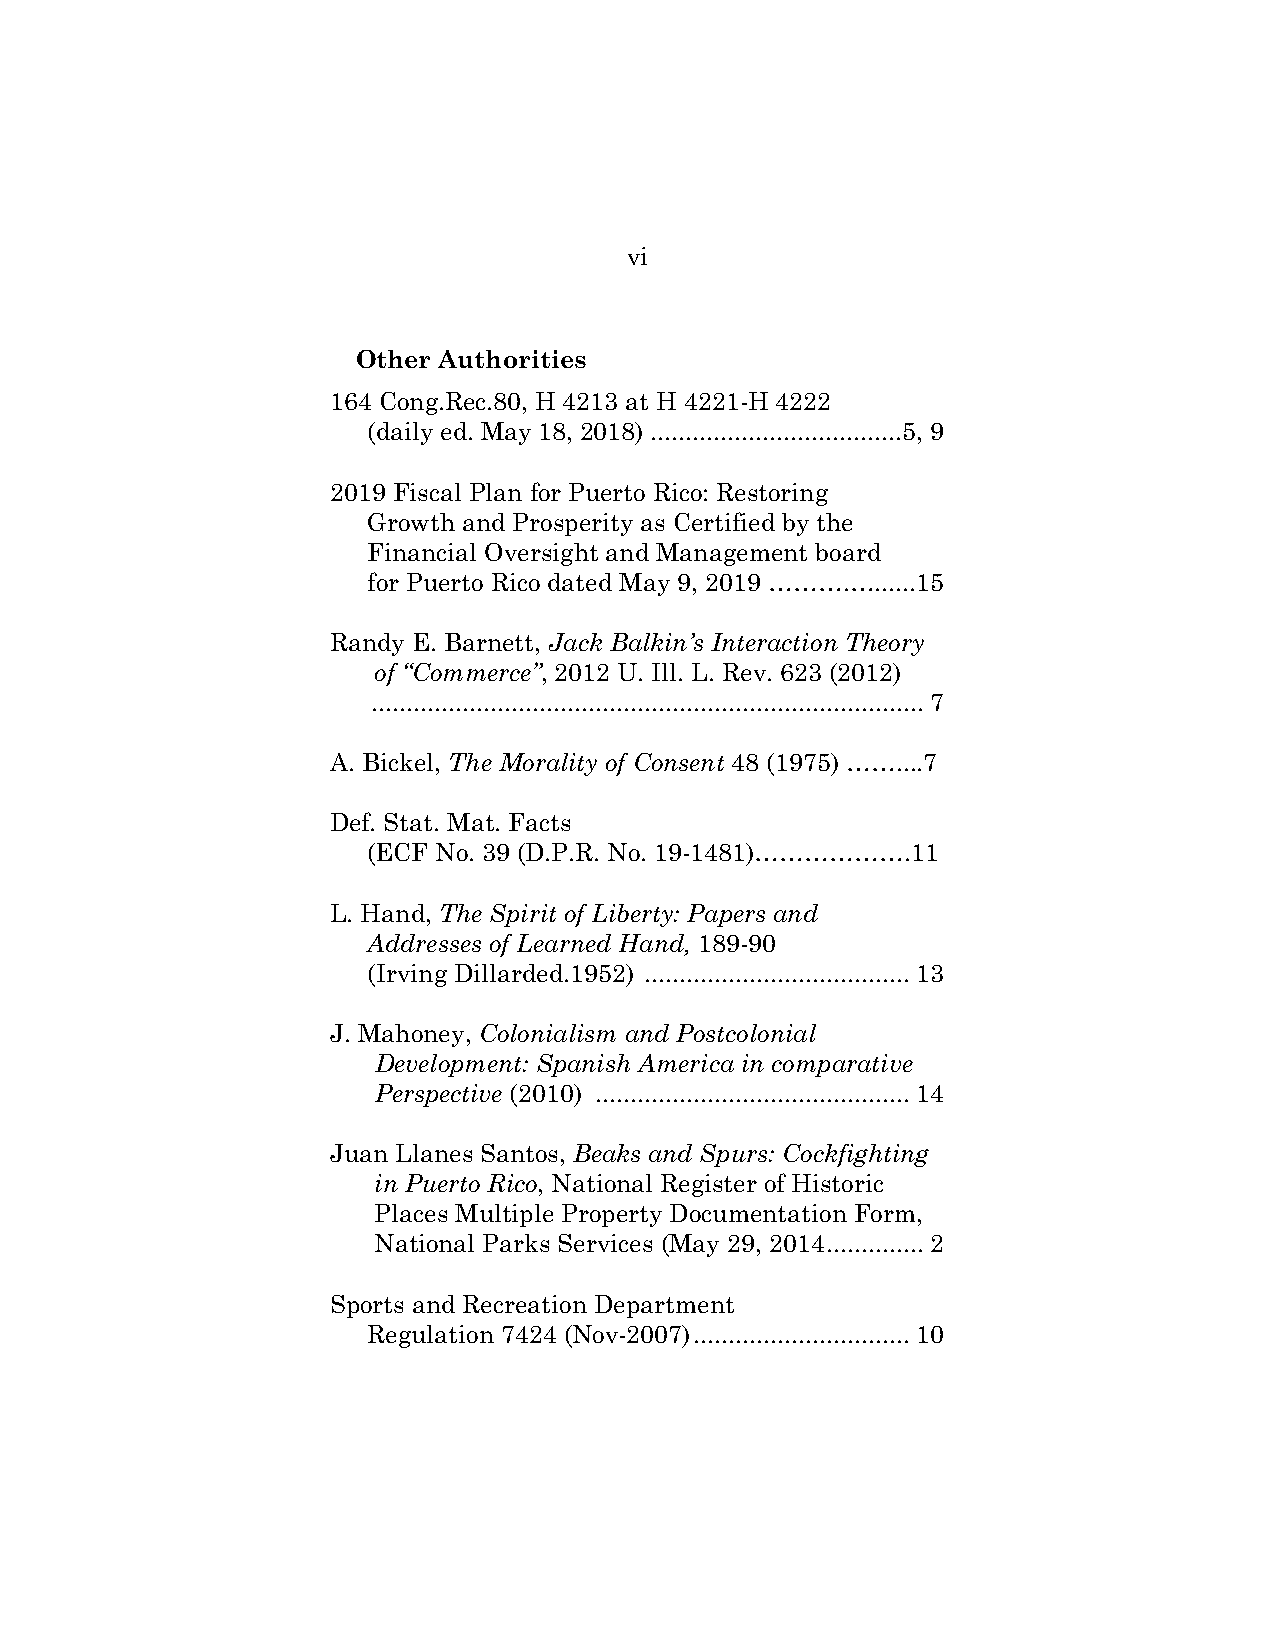
vi
 Page(s)
 Other Authorities
 164 Cong.Rec.80, H 4213 at H 4221-H 4222
 (daily ed. May 18, 2018) ....................................5, 9
 2019 Fiscal Plan for Puerto Rico: Restoring
 Growth and Prosperity as Certified by the
 Financial Oversight and Management board
 for Puerto Rico dated May 9, 2019 ……….…......15
 Randy E. Barnett, Jack Balkin’s Interaction Theory
 of “Commerce”, 2012 U. Ill. L. Rev. 623 (2012)
 ............................................................................... 7
 A. Bickel, The Morality of Consent 48 (1975) ……....7
 Def. Stat. Mat. Facts
 (ECF No. 39 (D.P.R. No. 19-1481)……………….11
 L. Hand, The Spirit of Liberty: Papers and
 Addresses of Learned Hand, 189-90
 (Irving Dillarded.1952) ...................................... 13
 J. Mahoney, Colonialism and Postcolonial
 Development: Spanish America in comparative
 Perspective (2010) ............................................. 14
 Juan Llanes Santos, Beaks and Spurs: Cockfighting
 in Puerto Rico, National Register of Historic
 Places Multiple Property Documentation Form,
 National Parks Services (May 29, 2014 .............. 2
 Sports and Recreation Department
 Regulation 7424 (Nov-2007) ............................... 10